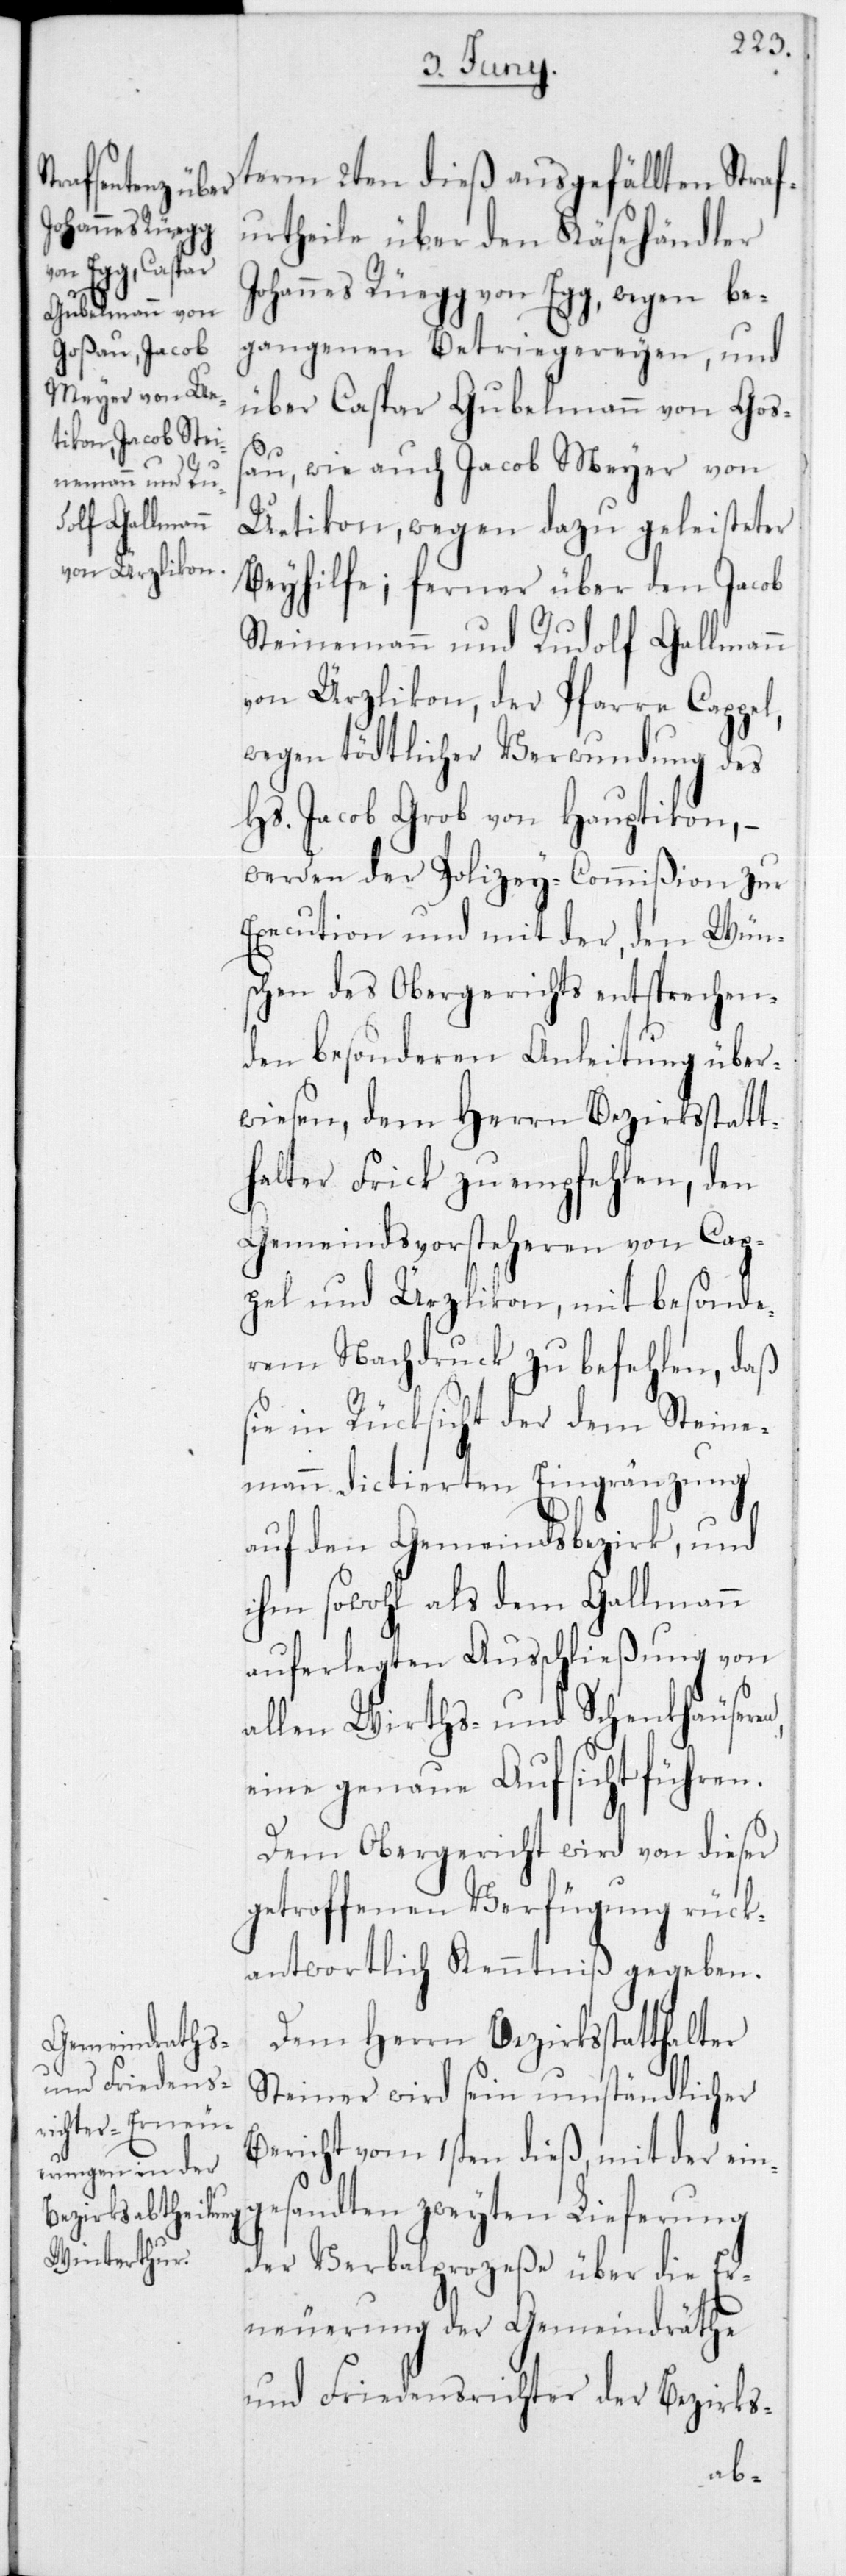
term 2ten dieß ausgefällten Straf¬
urtheile über den Käsehändler
Johannes Rüegg von Egg, wegen be¬
gangenen Betriegereyen; und
über Caspar Gubelmann von Goß¬
au, wie auch Jacob Meyer von
Uetikon, wegen dazu geleisteter
Beyhilfe; ferner über den Jacob
Steinemann und Rudolf Gallmann
von Ürzlikon, der Pfarre Cappel,
wegen tödtlicher Verwundung des
Hs. Jacob Grob von Hauptikon, –
werden der Polizey-Commißion zur
Execution und mit der, den Wün¬
schen des Obergerichts entsprechen¬
den besonderen Anleitung über¬
wiesen, dem Herrn Bezirksstatt¬
halter Frick zu empfehlen, den
Gemeindsvorsteheren von Cap¬
pel und Ürzlikon, mit besonde¬
rem Nachdruck zu befehlen, daß
sie in Rücksicht der dem Steine¬
mann dictierten Eingränzung
auf den Gemeindsbezirk, und
ihm sowohl als dem Gallmann
auferlegten Ausschließung von
allen Wirts- und Schenkhäuseren,
eine genaue Aufsicht führen.
Dem Obergericht wird von dieser
getroffenen Verfügung rück¬
antwortlich Kenntniß gegeben.
Dem Herrn Bezirksstatthalter
Steiner wird sein umständlicher
Bericht vom 1sten dieß, mit der ein¬
gesandten zweyten Lieferung
der Verbalprozeße über die Er¬
neuerung der Gemeindräthe
und Friedensrichter der Bezirks-